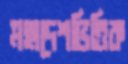
মহাদেশভিত্তিক